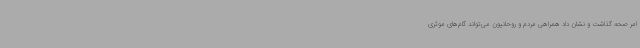
امر صحه گذاشت و نشان داد همراهی مردم و روحانیون می‌تواند گام‌های موثری